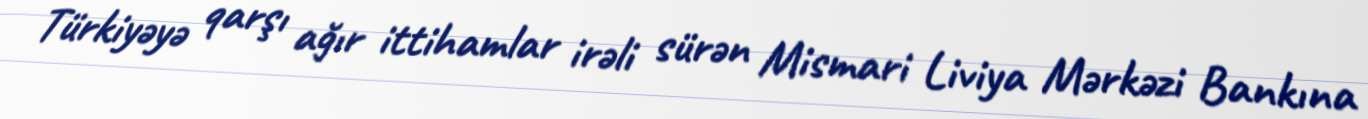
Türkiyəyə qarşı ağır ittihamlar irəli sürən Mismari Liviya Mərkəzi Bankına